Indian Civil Veterinary Department memoirs
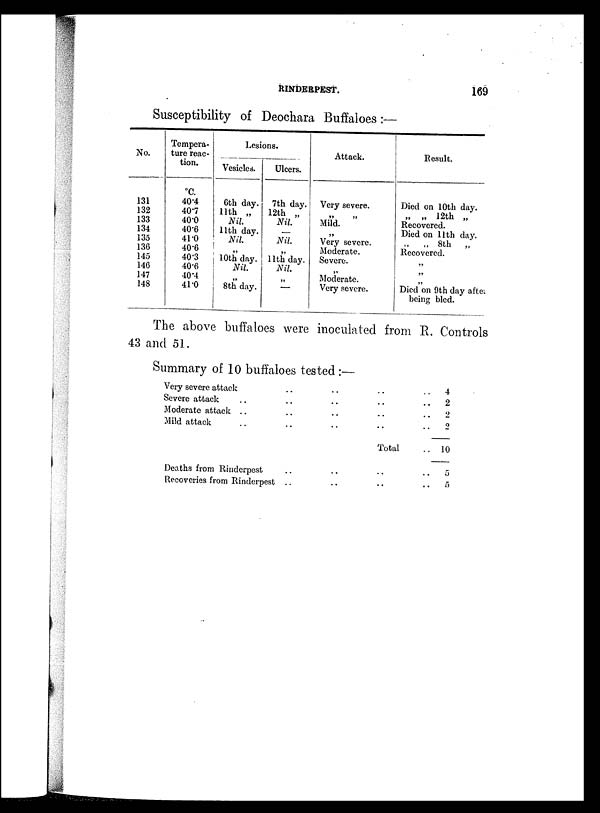
RINDERPEST.
169
Susceptibility of Deochara Buffaloes:—
No.
131
132
133
134
135
136
145
140
147
148
Tempera-
ture reac-
tion.
ºC.
40.4
407
40.0
40.6
41.0
40.6
40.3
40.6
40.4
41.0
Lesions.
Vesicled.
6th day.
11th „
Nil.
11th day.
Nil
„
10th day.
Nil.
„
8th day.
Ulcers.
7th day.
12th „
Nil.
—
Nil.
„
11th day.
Nil.
„
„
Attack.
Very severe.
„ „
Mild.
„
Very severe.
Moderate.
Severe.
„
Moderate.
Very severe.
Result.
Died on 10th day.
„ „ 12th „
Recovered.
Died on 11th day.
„ „ 8th
„
Recovered.
„
„
Died on 9th day after
being bled.
The above buffaloes were inoculated from R. Controls
43 and 51.
Summary of 10 buffaloes tested:—
Very severe attack
Severe attack ..
Moderate attack ..
Mild attack ..
Deaths from Rinderpest
Recoveries from Rinderpest
..
..
..
..
..
..
..
..
..
..
..
..
..
..
..
..
Total
..
..
.. 4
..
2
.. 2
.. 2
.. 10
.. 5
..
5